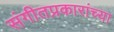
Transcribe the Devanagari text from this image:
संगीतप्रकारांच्या